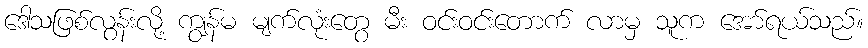
ဒေါသဖြစ်လွန်းလို့ ကျွန်မ မျက်လုံးတွေ မီး ဝင်းဝင်းတောက် လာမှ သူက အော်ရယ်သည်။